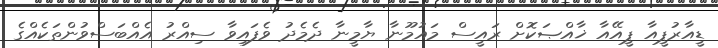
ޑީއާރުޕީއާ ޕީއޭއާ ޚާއްޞަކޮށް ރައީސް މައުމޫނާ ޔާމީނާ ދެމެދު ވެފައިވާ ސިއްރު އެއްބަސްވުންތަކެއްގެ